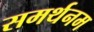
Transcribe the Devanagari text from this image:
समर्थनम